Vaccination Hyderabad 1872-1889 - 1872-1889
Year: 1872
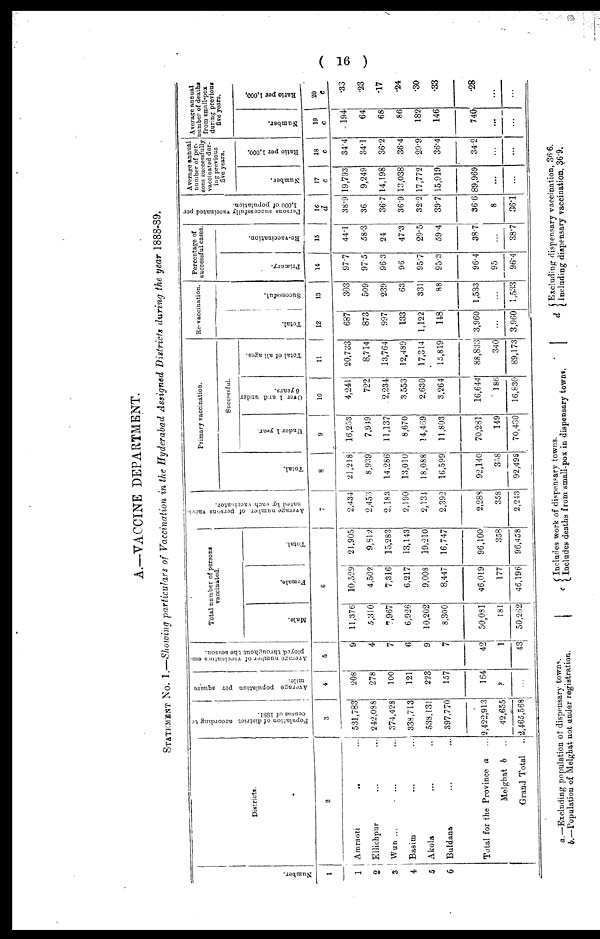
( 16 )
A—VACCINE DEPARTMENT.
STATEMENT No. 1.—Showing particulars of Vaccination in the Hyderabad Assigned Districts during the year 1888-89.
Number.
1
1
2
3
4
5
6
Districts.
2
Amraoti
... ...
Ellichpur ... ...
Wun ...
...
Basim ... ...
Akola ... ...
Buldana ... ...
Total for the Province a ...
Melghat b ...
Grand Total ...
Population
of district according to
census of 1881.
3
531,783
242,088
374,428
338,713
538,131
397,770
2,422,913
42,655
2,465,568
Average population per square
mile.
4
208
278
100
121
223
157
164
?
...
Average number of vaccinators em-
ployed throughout the Season.
5
9
4
7
6
9
7
42
1
43
Total number of person
vaccinated.
Male.
Female.
Total.
6
11,376
5,310
7,967
6,926
10,202
8,300
50,081
181
50,262
10,529
4,502
7,316
6,217
9,008
8,447
46,019
177
46,196
21,905
9,312
15,283
13,143
19,210
16,747
96,100
358
96,458
Average number of persons vacci-
nated by each vaccinator.
7
2,434
2,453
2,183
2,190
2,134
2,392
2,288
358
2,243
Primary vaccination.
Total.
8
21,218
8,939
14,286
13,010
18,088
16,599
92,140
358
92,498
Successful.
Under 1 year.
9
16,253
7,949
11,137
8,670
14,469
11,803
70,281
149
70,430
Over 1 and under
6 years.
10
4,241
722
2,234
3,553
2,630
3,264
16,644
186
16,830
Total of all ages.
11
20,733
8,714
13,764
12,489
17,314
15,819
88,833
340
89,173
Re-vaccination.
Total.
12
687
873
997
133
1,122
148
3,960
...
3,960
Successful.
13
303
509
239
63
331
88
1,533
...
1,533
Percentage of
successful cases.
Primary.
14
97.7
97.5
96.3
96
95.7
95.3
96.4
95
96.4
Re-vaccination.
15
44.1
58.3
24
47.3
29.5
59.4
387
...
38.7
Persons successfully vaccinated per
1,000 of population.
16
d
38.9
36
36.7
36.9
32.2
39.7
36.6
8
36.1
Average annual
number of per¬
sons successfully
vaccinated dar-
ing previous
five years.
Number.
17
c
19,793
9,249
14,198
13,038
17,772
15,919
89,969
...
...
Ratio per 1,000.
18
c
34.4
34.1
36.2
36.4
29.9
36.4
34.2
...
...
Average annual
number of deaths
from small-pox
during previous
five years.
Number.
19
c
194
64
68
86
182
146
740
...
...
Ratio per 1,000.
20
c
.33
.23
.17
.24
.30
.33
.28
...
...
a.
b.
—Excluding population of dispensary towns.
—Population of Melghat not under registration.
c
Includes work of dispensary towns.
Includes deaths from small-pox in dispensary towns.
d Excluding dispensary vaccination, 36.6.
Including dispensary vaccination, 36.9.